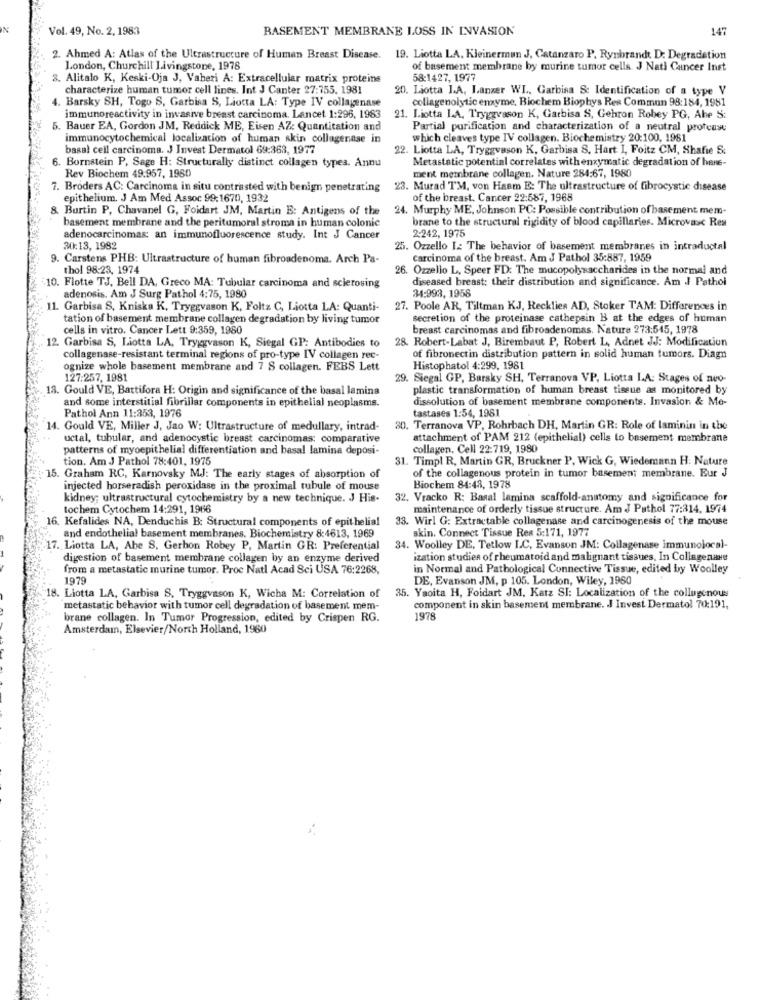
IN
Vol. 49, No. 2, 1983
BASEMENT MEMBRANE LOSS IN INVASION
147
2. Ahmed A: Atlas of the Ultrastructure of Human Breast Disease. 19. Liotta LA. Kleinerman J, Catanzaro P. Rynbrandt D: Degradation
London, Churchill Livingstone, 1978
of basement membrane by murine tumor cells. J Nati Cancer Inst
3. Alitalo K, Keski-Oja J, Vaheri A: Extracellular matrix proteins
58:1427, 1977
characterize human tumor cell lines. Int J Canter 27:755. 1981
20. Liotta I.A. Langer WI. Garbisa &: Identification of a type V
Barsky SH, Togo S, Garbisa S, Liotta LA: Type IV collagenase
collagenolytic enzyme. Biochem Biophys Res Commun 98:184, 1981
immunoreactivity in invasive breast carcinoma. Lancet 1:296, 1983
21. Liotta LA, Tryggvason K, Garbisa S, Gehron Robey PG, Abe S:
5. Bauer EA, Gordon JM, Reddick ME, Eisen AZ: Quantitation and
Partial purification and characterization of a neutral protease
immunocytochemical localization of human skin collagenase in
which cleaves type IV collagen. Biochemistry 20:100, 1981
basal cell carcinoma. J Invest Dermatol 69:363, 1977
22. Liotta LA, Tryggvason K, Garbisa S. Hart I, Foitz CM, Shafie S.
6. Bornstein P, Sage H: Structurally distinct collagen types. Annu
Metastatic potential correlates with enzymatic degradation of here-
ment membrane collagen. Nature 284:67, 1980
Rev Biochem 49.957, 1960
7. Broders AC: Carcinoma in situ contrasted with benign penetrating
23. Murad TM, von Haam E: The ultrastructure of fibrocystic disease
epithelium. J Am Med Assoc 99:1670, 1932
of the breast. Cancer 22:587, 1968
8. Burtin P, Chavanel G, Foidart JM, Martin E: Antigens of the
24. Murphy ME, Johnson PC: Possible contribution of basement mem-
basement membrane and the peritumoral stroma in human colonic
brane to the structural rigidity of blood capillaries. Microvasc Res
adenocarcinomas: an immunofluorescence study. Int J Cancer
2-242, 1975
30:13, 1982
25. Ozzello I: The behavior of basement membranes in intraductal
9. Carstens PHB: Ultrastructure of human fibroadenoma. Arch Pa-
Carcinoma of the breast. Am J Pathol 35:887, 1959
thol 98:23, 1974
26. Ozzello L, Speer FD: The mucopolysaccharides in the normal and
10. Flotte TJ. Bell DA, Greco MA: Tubular carcinoma and sclerosing
diseased breast: their distribution and significance. Am I Pathol
34:993, 1958
adenosis. Am J Surg Pathol 4:75, 1980
11. Garbisa S. Kniska K, Tryggvason K, Foltz C, Liotta LA: Quanti-
27. Poole AR, Tiltman KJ, Recklies AD, Stoker TAM: Differences in
tation of basement membrane collagen degradation by living tumor
secretion of the proteinase cathepsin B at the edges of human
cells in vitro. Cancer Lett 9:359, 1980
breast carcinomas and fibroadenomas. Nature 273:545, 1978
12. Garbisa S, Liotta LA, Tryggvason K, Siegal GP: Antibodies to
28. Robert-Labat J, Birembaut P, Robert L, Adnet JJ: Modification
collagenase-resistant terminal regions of pro-type IV collagen rec-
of fibronectin distribution pattern in solid human tumors. Diagn
ognize whole basement membrane and 7 S collagen. FEBS Lett
Histophatol 4:299, 1981
127:257, 1981
29. Siegal GP, Barsky SH, Terranova VP, Liotta LA: Stages of neo-
13. Gould VE, Battifora H: Origin and significance of the basal lamina
plastic transformation of human breast tissue as monitored by
dissolution of basement membrane components. Invasion & Me-
and some interstitial fibrillar components in epithelial neoplasms.
Pathol Ann 11:353, 1976
tastases 1:54, 1981
14. Gould VE, Miller J, Jao W: Ultrastructure of medullary, intrad-
30. Terranova VP, Rohrbach DH, Martin GR: Role of laminin in the
uctal, tubular, and adenocystic breast carcinomas: comparative
attachment of PAM 212 (epithelial) cells to basement membrane
patterns of myoepithelial differentiation and basal lamina deposi-
collagen. Cell 22-719, 1980
tion. Am J Pathol 78:401, 1975
31. Timpl R. Martin GR, Bruckner P, Wick G, Wiedemann H: Nature
15. Graham RC, Karnovsky MJ: The early stages of absorption of
of the collagenous protein in tumor basement membrane. Eur J
injected horseradish peroxidase in the proximal tubule of mouse
Biochem 84:43, 1978
kidney; ultrastructural cytochemistry by a new technique. J His-
32. Vracko R: Basal larina scaffold-anatomy and significance for
lochem Cytochem 14:291, 1966
maintenance of orderly tissue structure. Am J Pathol 77:314, 1974
16. Kefalides NA, Denduchis B: Structural components of epithelial
33. Wirl G: Extractable collagenase and carcinogenesis of the mouse
skin. Connect Tissue Res 5:171, 1977
and endothelial basement membranes. Biochemistry 8:4613, 1969
7. Liotta LA, Abe S. Gerhon Robey P, Martin GR: Preferential
34. Woolley DE, Tetlow I.C. Evanson JM: Collagenase immunoloral-
digestion of basement membrane collagen by an enzyme derived
ization studies of rheumatoid and malignant tissues, In Collagenare
from a metastatic murine tumor. Proc Natl Acad Sci USA 76:2268,
in Normal and Pathological Connective Tissue, edited by Woolley
1979
DE, Evanson JM, p 105. London, Wiley, 1960
35. Yaoita H, Foidart JM, Katz SI: Localization of the collugenous
18. Liotta LA, Garbisa S. Tryggvason K, Wicha M: Correlation of
metastatic behavior with tumor cell degradation of basement mem-
component in skin basement membrane. J Invest Dermatol 70:191,
brane collagen. In Tumor Progression, edited by Crispen RG.
1978
Amsterdam, Elsevier/North Holland, 1960